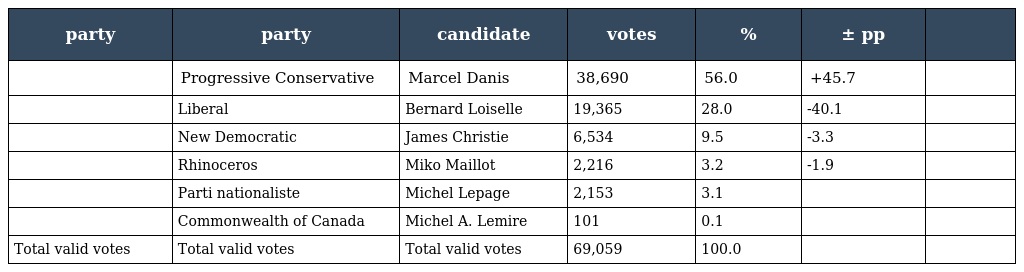
| party | party | candidate | votes | % | ± pp |  |
 | --- | --- | --- | --- | --- | --- | --- |
 |  | Progressive Conservative | Marcel Danis | 38,690 | 56.0 | +45.7 |  |
 |  | Liberal | Bernard Loiselle | 19,365 | 28.0 | -40.1 |  |
 |  | New Democratic | James Christie | 6,534 | 9.5 | -3.3 |  |
 |  | Rhinoceros | Miko Maillot | 2,216 | 3.2 | -1.9 |  |
 |  | Parti nationaliste | Michel Lepage | 2,153 | 3.1 |  |  |
 |  | Commonwealth of Canada | Michel A. Lemire | 101 | 0.1 |  |  |
 | Total valid votes | Total valid votes | Total valid votes | 69,059 | 100.0 |  |  |